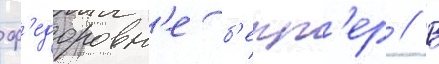
ф'едоровн'е б'екк'ер // В